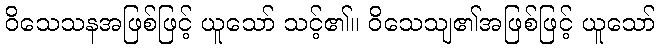
ဝိသေသနအဖြစ်ဖြင့် ယူသော် သင့်၏။ ဝိသေသျ၏အဖြစ်ဖြင့် ယူသော်